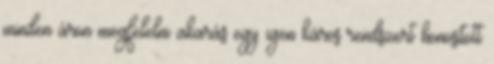
minden áron megfelelni akarás egy igen káros rendszert honosított